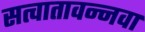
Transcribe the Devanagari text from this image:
सत्वातावन्नवा